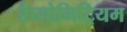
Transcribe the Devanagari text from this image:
हैप्लोमिट्रियम